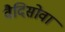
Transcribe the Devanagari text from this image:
वैदिसोवा